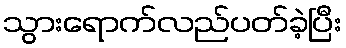
သွားရောက်လည်ပတ်ခဲ့ပြီး